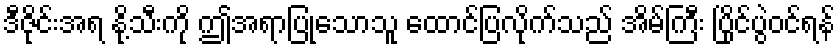
ဒီဇိုင်းအရ နို့သီးကို ဤအရာပြုသောသူ ထောင်ပြလိုက်သည် အိမ်ကြီး ပြိုင်ပွဲဝင်ရန်